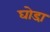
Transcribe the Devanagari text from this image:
घोडा़